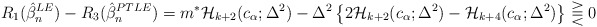
\begin{align*}R_1(\hat{\beta}_n^{LE}) - R_3(\hat{\beta}_n^{PTLE}) &= m^* \mathcal{H}_{k+2}(c_\alpha;\Delta^2)-\Delta^2\left\{2\mathcal{H}_{k+2}(c_\alpha;\Delta^2)-\mathcal{H}_{k+4}(c_\alpha;\Delta^2)\right\} \gtreqqless 0\end{align*}